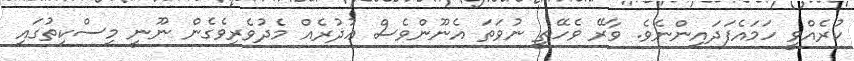
ކުރެއްވީ ހަމައެފަދައިންނެވެ. ވާރޭ ވެހޭތީ ނުވަތަ އެނޫންވެސް ޢުޛުރެއް މެދުވެރިވެގެން ނޫނީ މިސްކިތުގައި